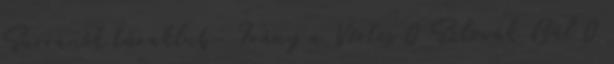
Surranók túraklub- Irány a Vértes 0 Szlovák Bál 0